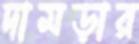
দামড়ার